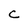
Character: C